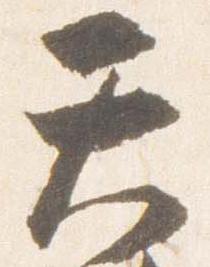
天